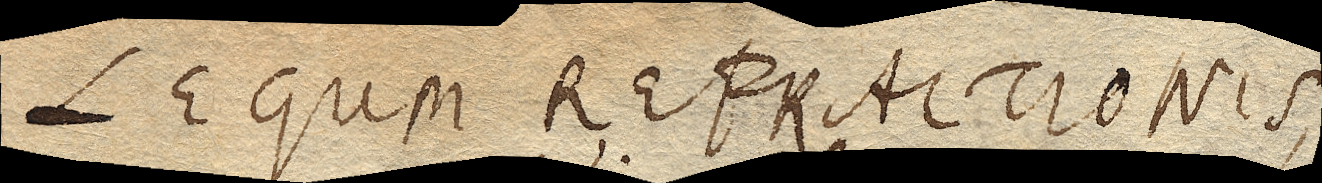
LEGUM REFRACTIONIS,